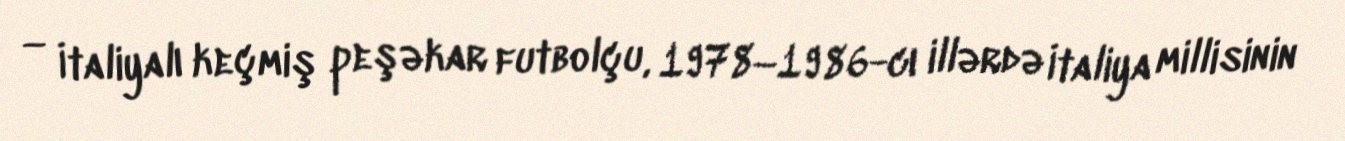
— İtaliyalı keçmiş peşəkar futbolçu, 1978–1986-cı illərdə İtaliya millisinin